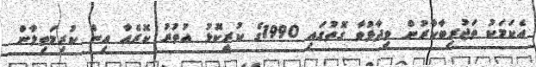
އެކަމަކު ތަޖުރިބާކާރުން ވިދާޅުވާ ގޮތުގައި 1990ގެ ކުރީކޮޅު އުތުރު ކޮރެއާ އިން ކުރިމަތިލާން